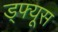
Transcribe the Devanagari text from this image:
ड्फ्यूस